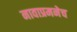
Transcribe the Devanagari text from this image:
नावाप्रमनेच